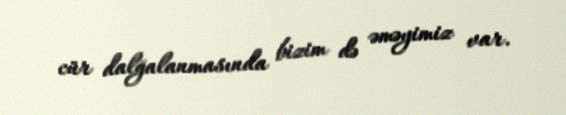
cür dalğalanmasında bizim də əməyimiz var.